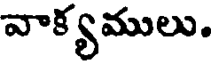
వాక్యములు.